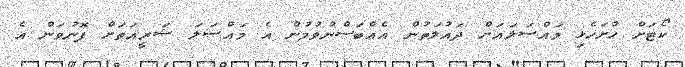
ކޯޓަށް ހުށަހެޅި މައްސަލައަށް ދައުލަތުން އެއްބަސްނުވުމުން އެ މައްސަލަ ޝަރީއަތަށް ފޮނުވަން އެ